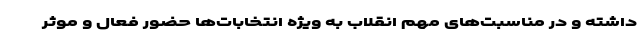
داشته و در مناسبت‌های مهم انقلاب به ویژه انتخابات‌ها حضور فعال و موثر